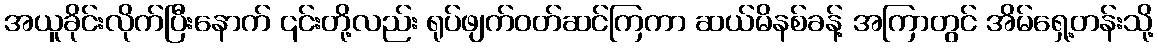
အယူခိုင်းလိုက်ပြီးနောက် ၎င်းတို့လည်း ရုပ်ဖျက်ဝတ်ဆင်ကြကာ ဆယ်မိနစ်ခန့် အကြာတွင် အိမ်ရှေ့တန်းသို့